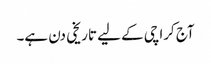
آج کراچی کے لیے تاریخی دن ہے۔